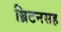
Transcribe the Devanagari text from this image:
ब्रिटनसह